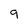
Character: 9